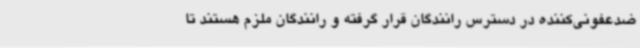
ضدعفونی‌کننده در دسترس رانندگان قرار گرفته و رانندگان ملزم هستند تا